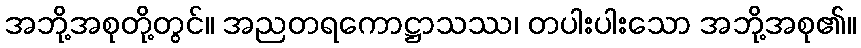
အဘို့အစုတို့တွင်။ အညတရကောဋ္ဌာသဿ၊ တပါးပါးသော အဘို့အစု၏။